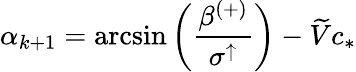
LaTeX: \alpha_{k+1}=\arcsin\left(\frac{\beta^{(+)}}{\sigma^{\uparrow}}\right)-\widetilde{V}c_{*}